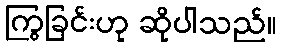
ကြွခြင်းဟု ဆိုပါသည်။